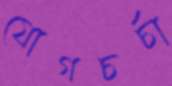
যোগচর্চা